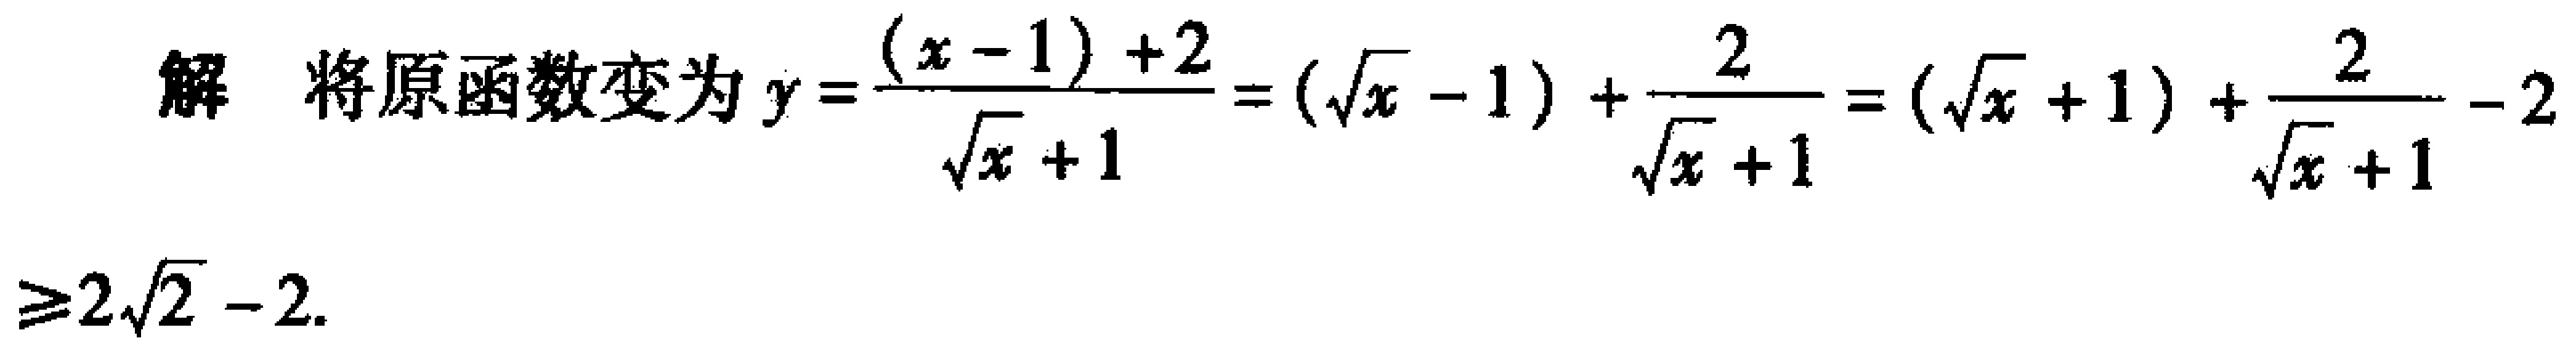
解 将原函数变为 \(y = \frac{(x - 1)+2}{\sqrt{x}+1}=(\sqrt{x}-1)+\frac{2}{\sqrt{x}+1}=(\sqrt{x}+1)+\frac{2}{\sqrt{x}+1}-2\)

\(\geq 2\sqrt{2}-2\).